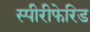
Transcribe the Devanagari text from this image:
स्पीरीफेरिड